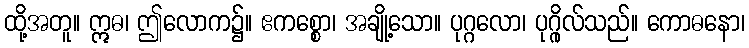
ထို့အတူ။ ဣဓ၊ ဤလောက၌။ ဧကစ္စော၊ အချို့သော။ ပုဂ္ဂလော၊ ပုဂ္ဂိုလ်သည်။ ကောဓနော၊